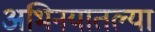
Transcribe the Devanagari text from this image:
अभिनयातल्या